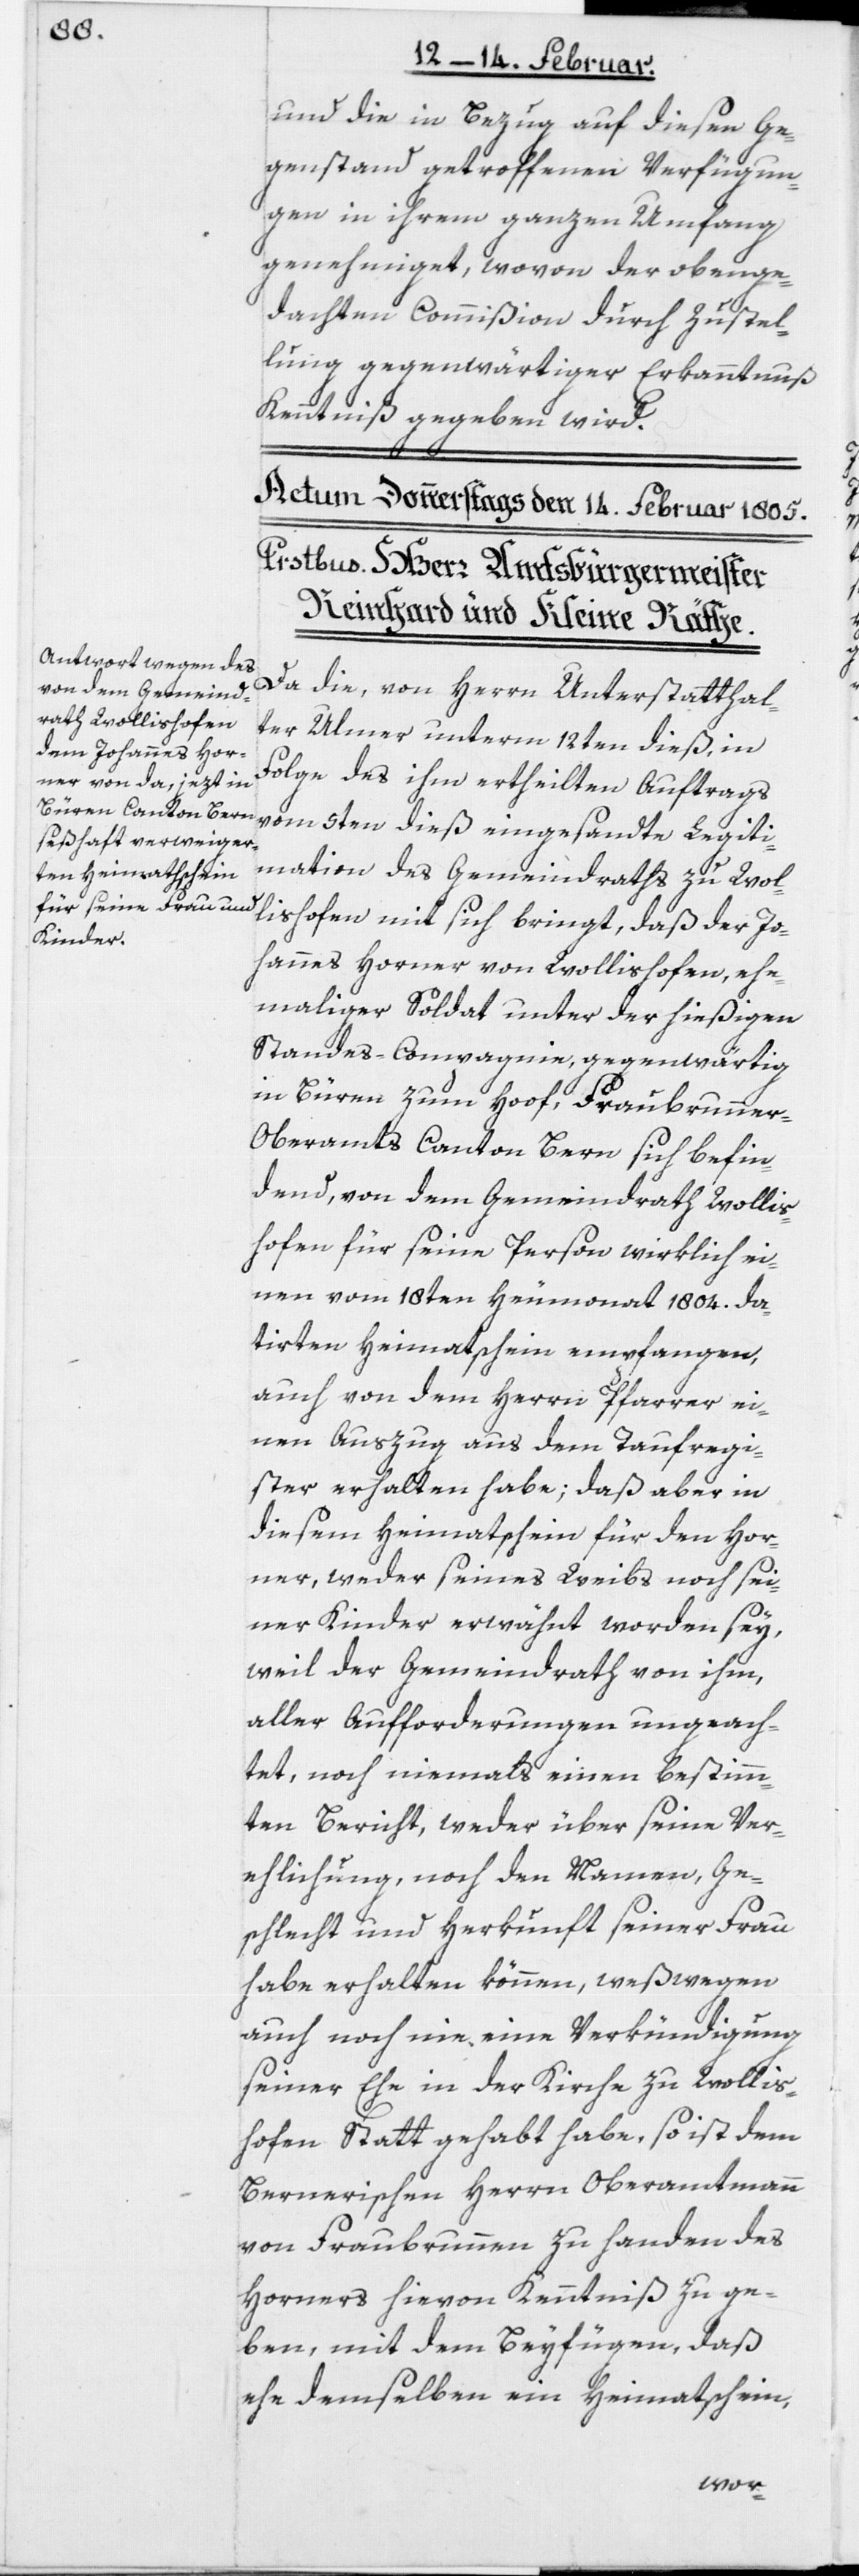
und die in Bezug auf diesen Ge¬
genstand getroffenen Verfügun¬
gen in ihrem ganzen Umfang
genehmiget, wovon der obge¬
dachten Commißion durch Zustel¬
lung gegenwärtiger Erkanntnuß
Kenntniß gegeben wird.
Da die, von Herrn Unterstatthal¬
ter Ulmer unterm 12ten dieß, in
Folge des ihm ertheilten Auftrags
vom 5ten dieß eingesandte Legiti¬
mation des Gemeindraths zu Wol¬
lishofen mit sich bringt, daß der Jo¬
hannes Horner von Wollishofen, ehe¬
maliger Soldat unter der hießigen
Standes-Compagnie, gegenwärtig
in Büren zum Hoof, Fraubrunner-O¬
beramts Canton Bern sich befin¬
dend, von dem Gemeindrath Wollis¬
hofen für seine Person wirklich ei¬
nen vom 18ten Heumonat 1804. da¬
tirten Heimatschein empfangen,
auch von dem Herrn Pfarrer ei¬
nen Auszug aus dem Taufregi¬
ster erhalten habe; daß aber in
diesem Heimatschein für den Hor¬
ner, weder seines Weibs noch sei¬
ner Kinder erwähnt worden sey,
weil der Gemeindrath von ihm,
aller Aufforderungen ungeach¬
tet, noch niemals einen bestimm¬
ten Bericht, weder über seine Ver¬
ehlichung, noch den Namen, Ge¬
schlecht und Herkunft seiner Frau
habe erhalten können, weswegen
auch noch nie eine Verkündigung
seiner Ehe in der Kirche zu Wollis¬
hofen Statt gehabt habe, so ist dem
Bernerischen Herrn Oberamtmann
von Fraubrunnen zu Handen des
Horners hievon Kenntniß zu ge¬
ben, mit dem Beyfügen, daß
ehe demselben ein Heimatschein,